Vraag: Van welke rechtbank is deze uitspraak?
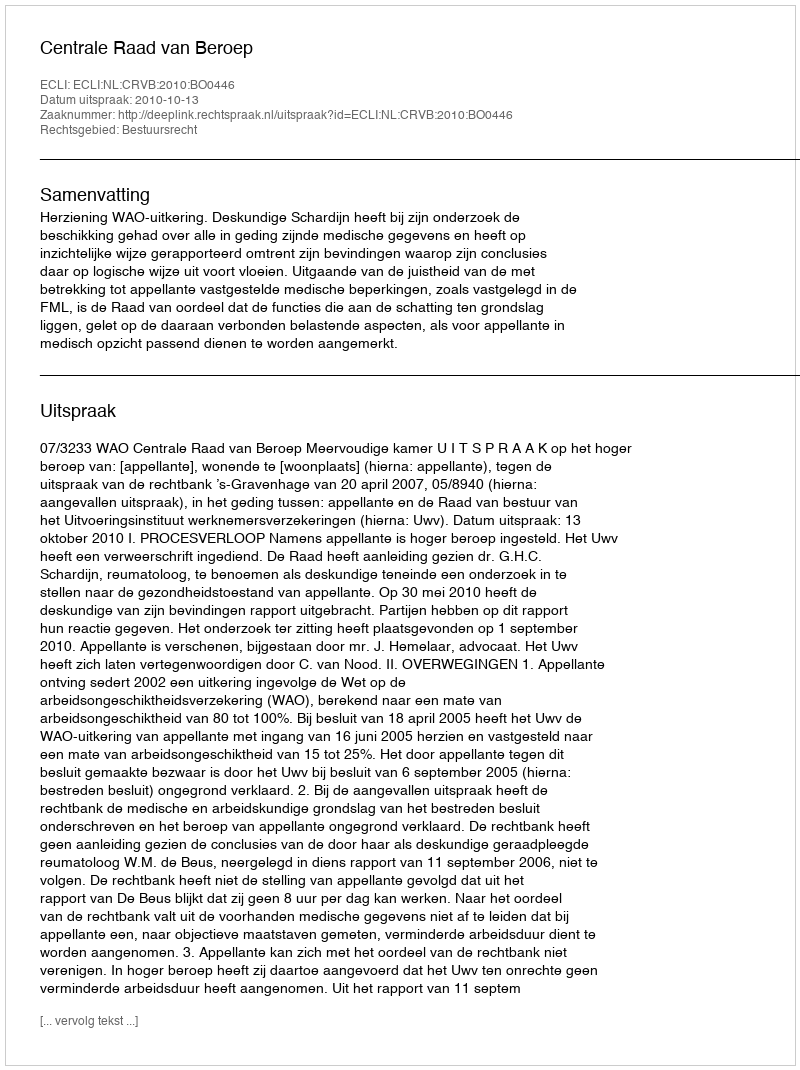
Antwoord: Centrale Raad van Beroep